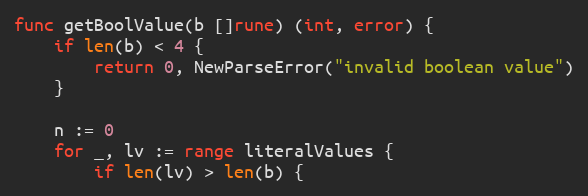
Language: Go
func getBoolValue(b []rune) (int, error) {
	if len(b) < 4 {
		return 0, NewParseError("invalid boolean value")
	}

	n := 0
	for _, lv := range literalValues {
		if len(lv) > len(b) {